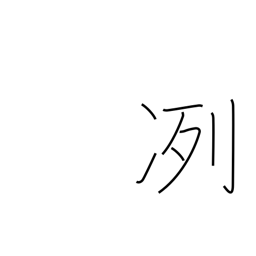
Meaning: cold